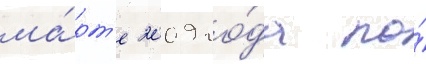
ма́рт'е 2009 го́да по́